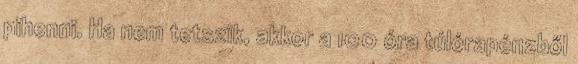
pihenni. Ha nem tetszik, akkor a 100 óra túlórapénzből